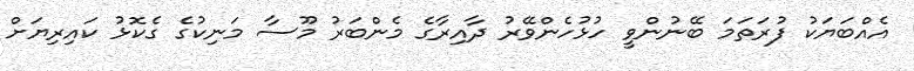
އެއްބަޔަކު ފުރަތަމަ ބޭނުންވީ ހުޅުހެންވޭރު ދާއިރާގެ މެންބަރު މޫސާ މަނިކުގެ ގެކޮޅު ކައިރިޔަށް